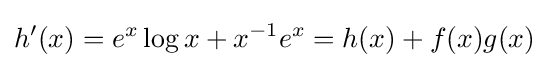
h^{\prime }(x)=e^{x}\log x+x^{-1}e^{x}=h(x)+f(x)g(x)